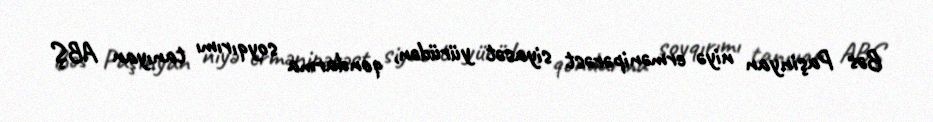
Bəs Paşinyan niyə ermənipərəst siyasət yürüdən, qondarma soyqırımı tanıyan ABŞ